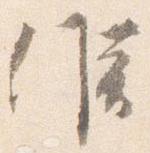
候